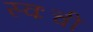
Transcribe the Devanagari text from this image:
स्वःची